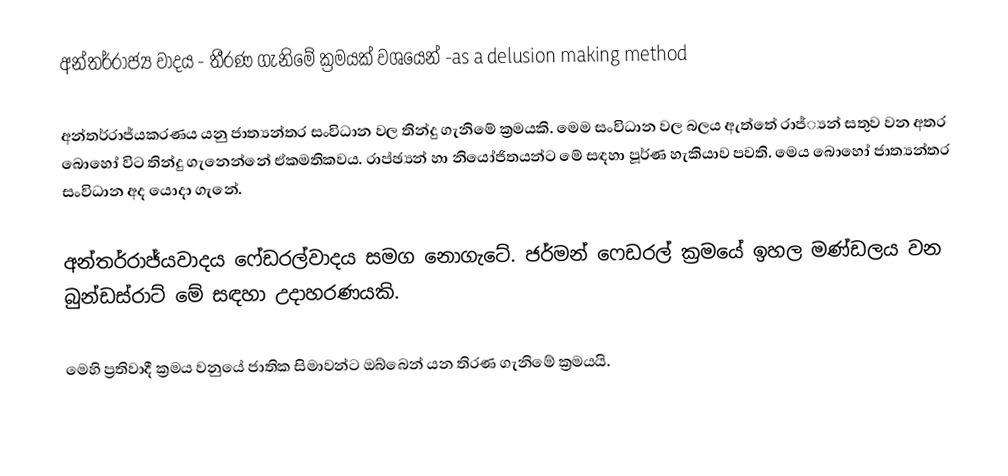
අන්තර්රාජ්‍ය වාදය - තීරණ ගැනිමේ ක්‍රමයක් වශයෙන් -as a delusion making method

අන්තර්රාජ්‍‍යකරණය යනු ජාත්‍යන්තර සංවිධාන වල තින්දු ගැනිමේ ක්‍රමයකි. මෙම සංවිධාන වල බලය ඇත්තේ රාජ්‍්‍යන් සතුව වන අතර බොහෝ විට තින්දු ගැනෙන්නේ ඒකමතිකවය. රාප්ඡ්‍යන් හා නියෝජිතයන්ට මේ සඳහා පූර්ණ හැකියාව පවති. මෙය බොහෝ ජාත්‍යන්තර සංවිධාන  අද යොදා ගැනේ.

අන්තර්රාජ්‍‍යවාදය ෆේඩරල්වාදය සමග නොගැටේ. ජර්මන් ෆෙඩරල් ක්‍රමයේ ඉහල මණ්ඩලය වන බුන්ඩස්රාට් මේ සඳහා උදාහරණයකි.

මෙහි ප්‍රතිවාදී ක්‍රමය වනුයේ ජාතික සිමාවන්ට ඔබ්බෙන් යන තිරණ ගැනිමේ ක්‍රමයයි.